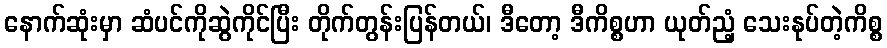
နောက်ဆုံးမှာ ဆံပင်ကိုဆွဲကိုင်ပြီး တိုက်တွန်းပြန်တယ်၊ ဒီတော့ ဒီကိစ္စဟာ ယုတ်ညံ့ သေးနုပ်တဲ့ကိစ္စ